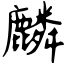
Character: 麟